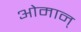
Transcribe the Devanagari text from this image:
ओमान्